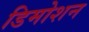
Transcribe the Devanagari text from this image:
डिमोशन